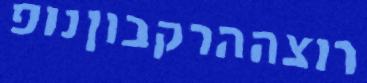
רוצההרקבוןנופ